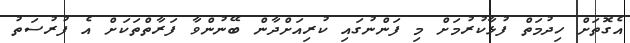
އެގޮތަށް ހިދުމަތް ފުޅާކުރުމަށް މި ފަންނުގައި ކުރިއަށްދާން ބޭނުންވާ ފަރާތްތަކަށް އެ ފުރުސަތު